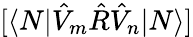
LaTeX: [\langle N|\hat{V}_{m}\hat{R}\hat{V}_{n}|N\rangle]